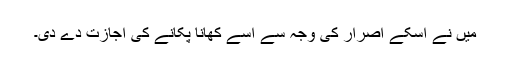
میں نے اسکے اصرار کی وجہ سے اسے کھانا پکانے کی اجازت دے دی۔